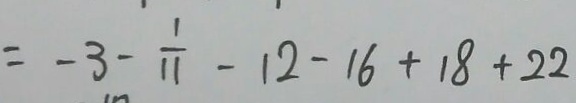
= - 3 - \frac { 1 } { 1 1 } - 1 2 - 1 6 + 1 8 + 2 2